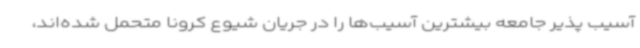
آسیب پذیر جامعه بیشترین آسیب‌ها را در جریان شیوع کرونا متحمل شده‌اند،